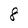
Character: 8